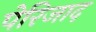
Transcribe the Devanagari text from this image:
पेरिजाद